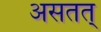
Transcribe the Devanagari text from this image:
असतत्